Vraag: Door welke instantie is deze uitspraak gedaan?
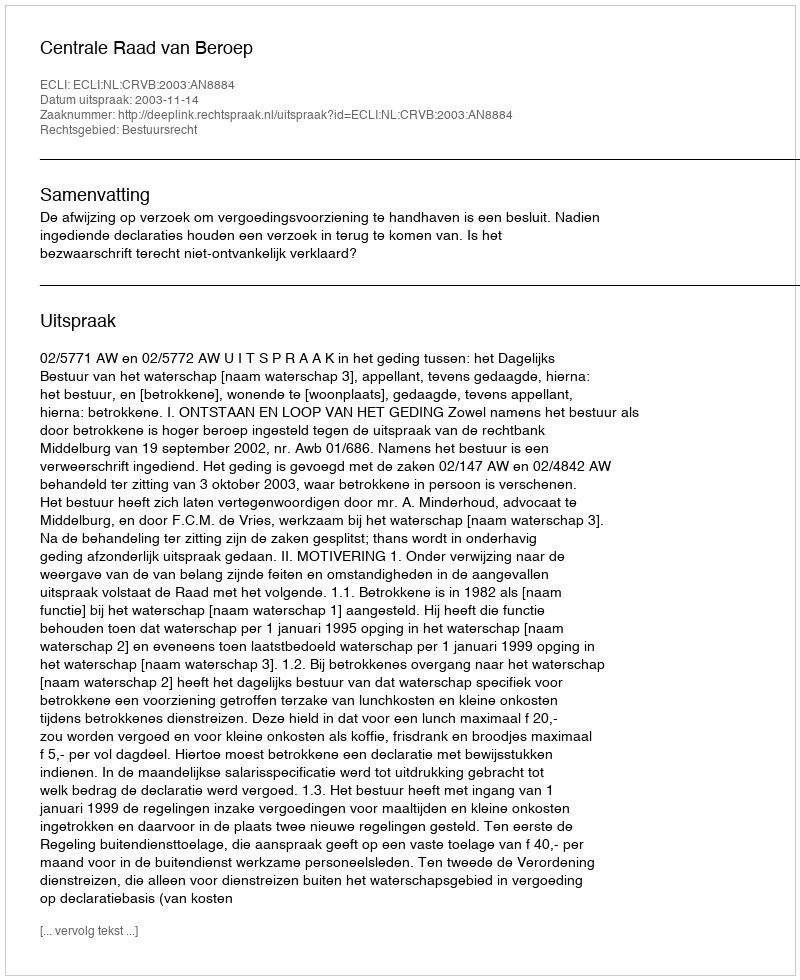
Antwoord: Centrale Raad van Beroep